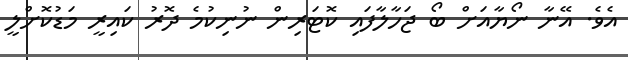
އެވެ. އޭނާ ނޯޔާއަށް ބޯ ޖަހާލާފައި ކޮޓަރިން ނުނިކުމެ ދޮރު ކައިރީ މަޑުކޮށްލީ